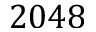
2 0 4 8